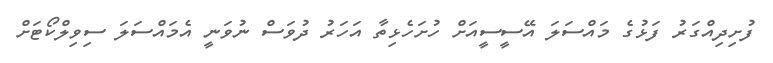
ފުށިދިއްގަރު ފަޅުގެ މައްސަލަ އޭސީސީއަށް ހުށަހެޅިތާ އަހަރު ދުވަސް ނުވަނީ އެމައްސަލަ ސިވިލްކޯޓަށް